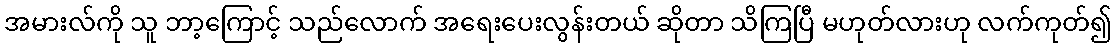
အမားလ်ကို သူ ဘာ့ကြောင့် သည်လောက် အရေးပေးလွန်းတယ် ဆိုတာ သိကြပြီ မဟုတ်လားဟု လက်ကုတ်၍